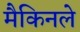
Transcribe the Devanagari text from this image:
मैकिनले